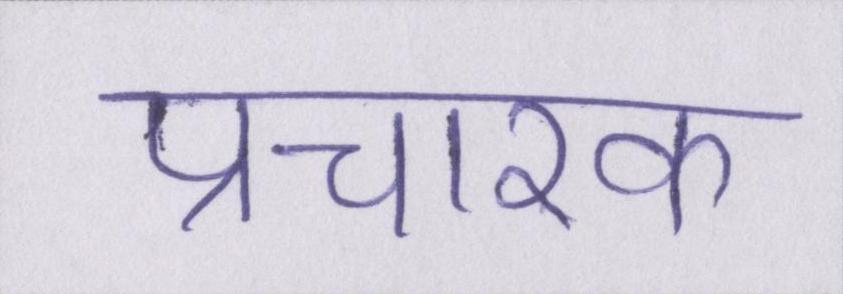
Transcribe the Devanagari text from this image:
प्रचारक